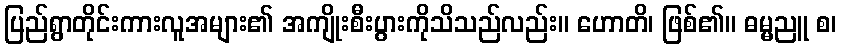
ပြည်ရွာတိုင်းကားလူအများ၏ အကျိုးစီးပွားကိုသိသည်လည်း။ ဟောတိ၊ ဖြစ်၏။ ဓမ္မညူ စ၊